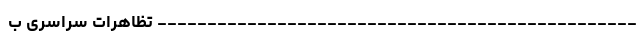
------------------------------------------------ تظاهرات سراسری ب